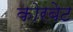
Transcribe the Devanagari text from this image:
कोरबेट